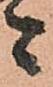
者